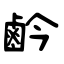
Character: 鹶